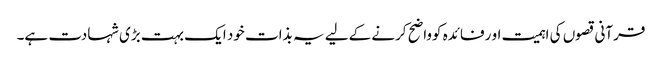
قرآنی قصوں کی اہمیت او رفائدہ کوواضح کرنے کےلیے یہ بذات خود ایک بہت بڑی شہادت ہے۔